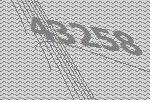
43258